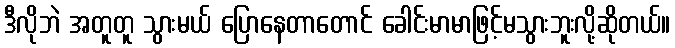
ဒီလိုဘဲ အတူတူ သွားမယ် ပြောနေတာတောင် ခေါင်းမာမာဖြင့်မသွားဘူးလို့ဆိုတယ်။